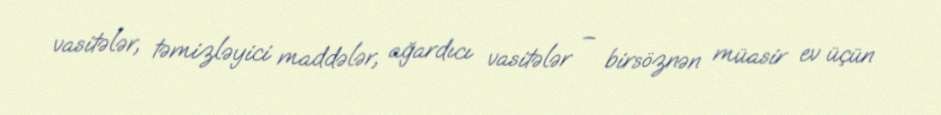
vasitələr, təmizləyici maddələr, ağardıcı vasitələr – birsöznən müasir ev üçün